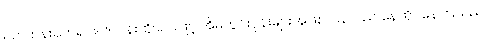
ရက်ကန်းရက်ရင်း၊ ဇာပန်းထိုးရင်းဖြင့် အိမ်တွင်းပုန်းများအဖြစ် ပြန်လည် နေထိုင်နေကြသည်။